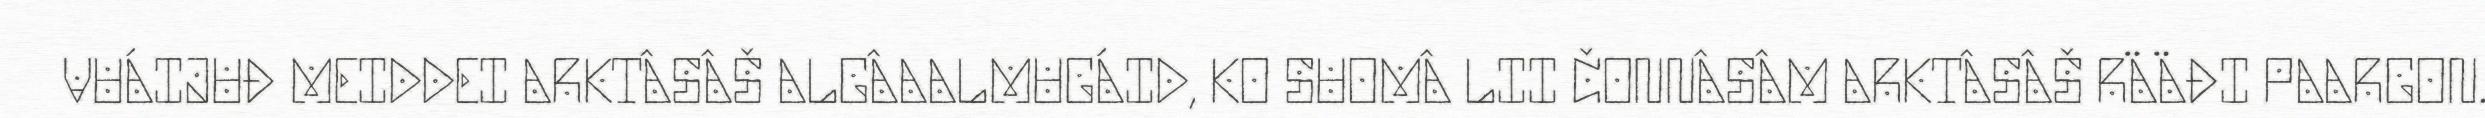
VUÁIJUĐ MEIDDEI ARKTÂSÂŠ ALGÂAALMUGÁID, KO SUOMÂ LII ČONNÂSÂM ARKTÂSÂŠ RÄÄĐI PAARGON.